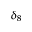
\delta _ { 8 }